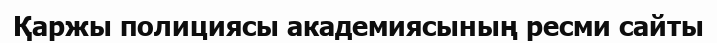
Қаржы полициясы академиясының ресми сайты